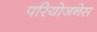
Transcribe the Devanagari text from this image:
परियोजनेस